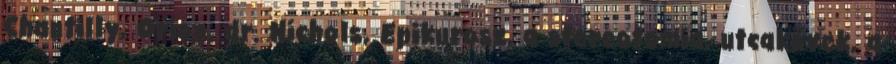
Chantilly, Orion, dr. Nichols, Epikurosz, a stereotomia, utcakövek, a